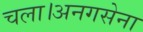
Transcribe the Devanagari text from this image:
चला।अनगसेना